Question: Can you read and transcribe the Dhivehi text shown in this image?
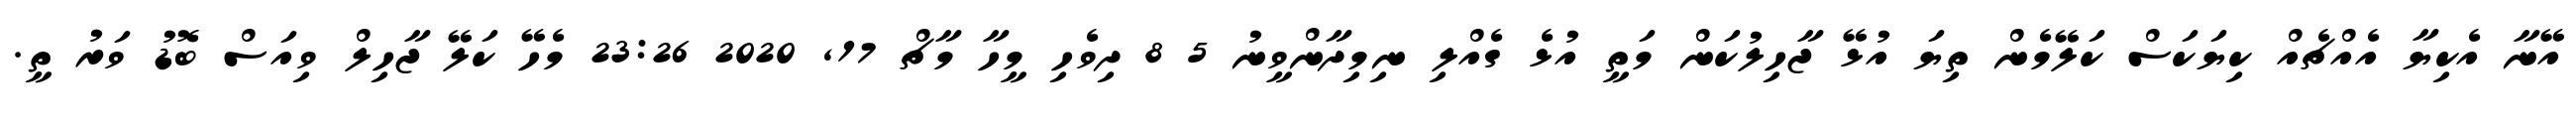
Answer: އޭނާ އެކިޔާ އެއްޗެއް ކިޔަކަސް ކަލޭމެން ތިޔަ އުޅޭ ޖާހިލުކަން މަތީ އުޅެ ގެއްލި ނިމިދާންވީނު 5 8 ދިވެހި މީހާ މާޗް 17, 2020 23:26 މެހޭ ކަލޭ ޖާހިލް ވިއަސް ބޮޑު ވަރު ތީ.